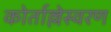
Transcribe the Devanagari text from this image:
कोर्ताल्लेस्वरण